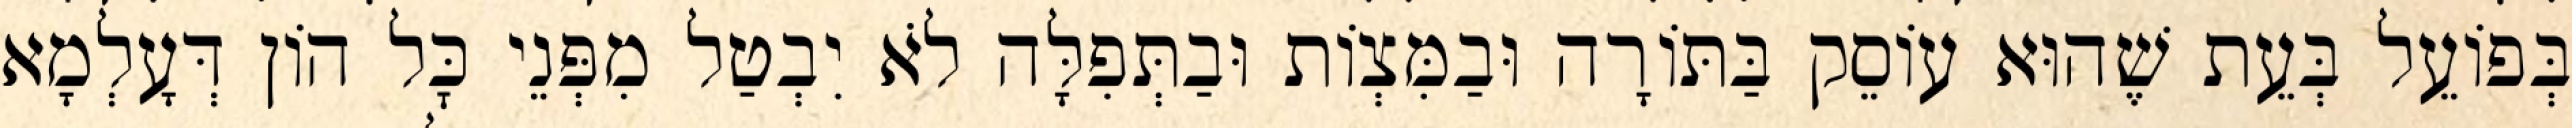
בְּפוֹעֵל בְּעֵת שֶׁהוּא עוֹסֵק בַּתּוֹרָה וּבַמִּצְוֹת וּבַתְּפִלָּה לֹא יִבְטַל מִפְּנֵי כׇּל הוֹן דְּעָלְמָא